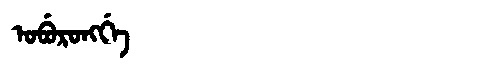
Manchu: ᠣᠪᡠᡵᠣᠩᡤᡝ
Romanization: OBURONGGE